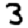
Digit: 3